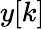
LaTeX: \displaystyle y[k]